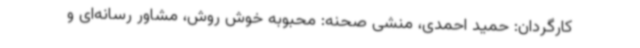
کارگردان: حمید احمدی، منشی صحنه: محبوبه خوش روش، مشاور رسانه‌ای و